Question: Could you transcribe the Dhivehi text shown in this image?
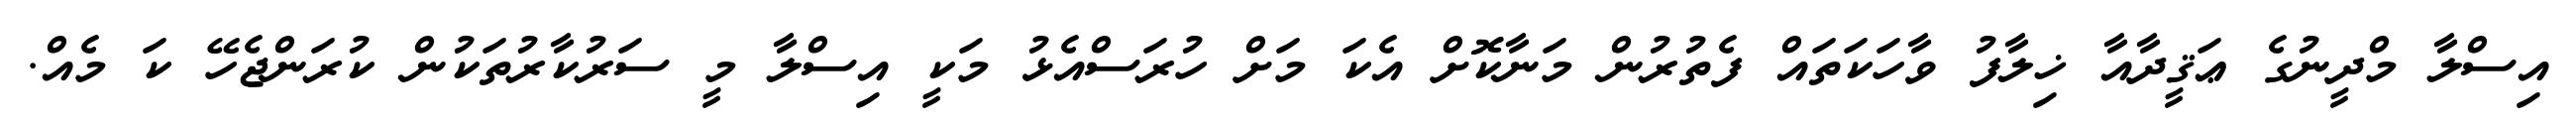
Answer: އިސްލާ މްދީނުގެ ޢަޤީދާއާ ޚިލާފު ވާހަކަތައް ފެތުރުން މަނާކޮށް އެކަ މަށް ހުރަސްއެޅު މަކީ އިސްލާ މީ ސަރުކާރުތަކުން ކުރަންޖެހޭ ކަ މެއް.